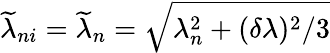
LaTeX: \widetilde{\lambda}_{ni}=\widetilde{\lambda}_{n}=\sqrt{\lambda_{n}^{2}+(\delta\lambda)^{2}/3}